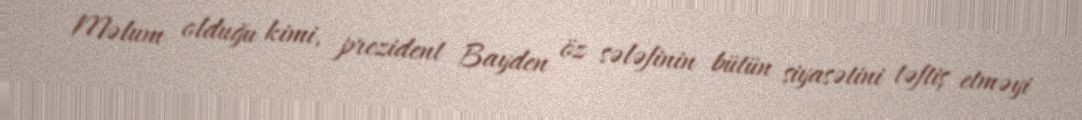
Məlum olduğu kimi, prezident Bayden öz sələfinin bütün siyasətini təftiş etməyi